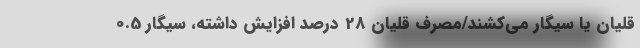
قلیان یا سیگار می‌کشند/مصرف قلیان 28 درصد افزایش داشته، سیگار 0.5